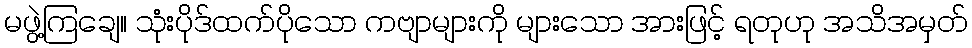
မဖွဲ့ကြချေ။ သုံးပိုဒ်ထက်ပိုသော ကဗျာများကို များသော အားဖြင့် ရတုဟု အသိအမှတ်